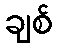
ချစ်